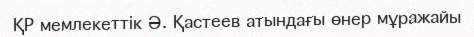
ҚР мемлекеттік Ә. Қастеев атындағы өнер мұражайы